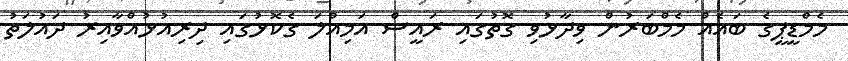
މެމްޑީޕީގެ ބައެއް މެމްބަރުން ވިދާޅުވި ގޮތުގައި ރައީސް އަމިއްލަ ގެކޮޅުގައި ދިރިއުޅުއްވާއިރު ދައުލަތު